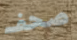
صحف